Report on vaccination in the Province of Bengal - 1874-1889
Year: 1874
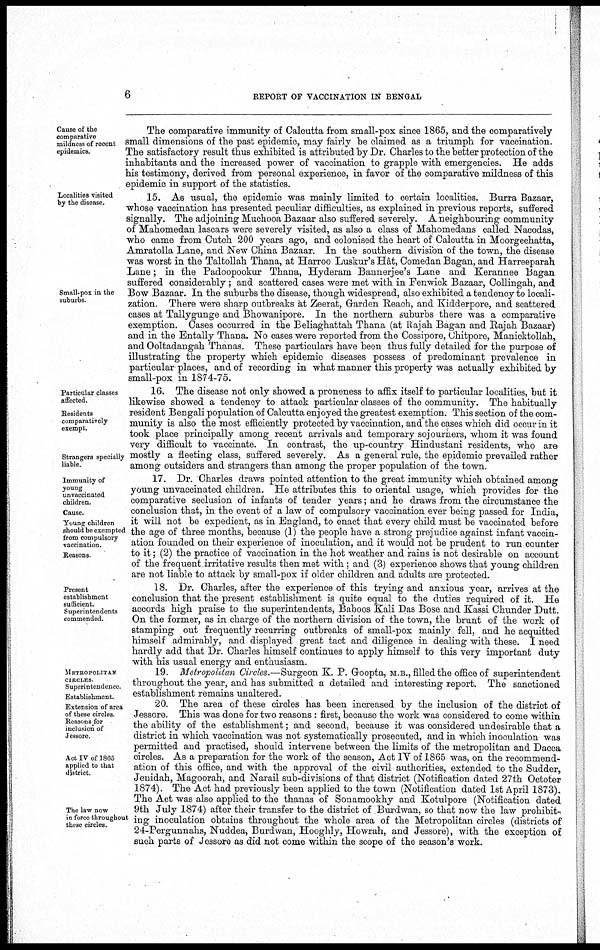
6
REPORT OF VACCINATION IN BENGAL
Cause of the
comparative
mildness of recent
epidemics.
The comparative immunity of Calcutta from small-pox since 1865, and the comparatively
small dimensions of the past epidemic, may fairly be claimed as a triumph for vaccination.
The satisfactory result thus exhibited is attributed by Dr. Charles to the better protection of the
inhabitants and the increased power of vaccination to grapple with emergencies. He adds
his testimony, derived from personal experience, in favor of the comparative mildness of this
epidemic in support of the statistics.
Localities visited
by the disease.
Small-pox in the
suburbs
15. As usual, the epidemic was mainly limited to certain localities. Burra Bazaar,
whose vaccination has presented peculiar difficulties, as explained in previous reports, suffered
signally. The adjoining Muchooa Bazaar also suffered severely. A neighbouring community
of Mahomedan lascars were severely visited, as also a class of Mahomedans called Nacodas,
who came from Cutch 200 years ago, and colonised the heart of Calcutta in Moorgeehatta,
Amratolla Lane, and New China Bazaar. In the southern division of the town, the disease
was worst in the Taltollah Thana, at Harroo Luskur's Hât, Comedan Bagan, and Harreeparah
Lane; in the Padoopookur Thana, Hyderam Bannerjee's Lane and Kerannee Bagan
suffered considerably ; and scattered cases were met with in Fenwick Bazaar, Collingah, and
Bow Bazaar. In the suburbs the disease, though widespread, also exhibited a tendency to locali-
zation. There were sharp outbreaks at Zeerat, Garden Reach, and Kidderpore, and scattered
cases at Tallygunge and Bhowanipore. In the northern suburbs there was a comparative
exemption. Cases occurred in the Beliaghattah Thana (at Rajah Bagan and Rajah Bazaar)
and in the Entally Thana. No cases were reported from the Cossrpore, Chitpore, Manicktollah,
and Ooltadangah Thanas. These particulars have been thus fully detailed for the purpose of
illustrating the property which epidemic diseases possess of predominant prevalence in
particular places, and of recording in what manner this property was actually exhibited by
small-pox in 1874-75.
Particular classes
affected.
Residents
comparatively
exempt.
Strangers specially
liable.
16. The disease not only showed a proneness to affix itself to particular localities, but it
likewise showed a tendency to attack particular classes of the community. The habitually
resident Bengali population of Calcutta enjoyed the greatest exemption. This section of the com-
munity is also the most efficiently protected by vaccination, and the cases which did occur in it
took place principally among recent arrivals and temporary sojourners, whom it was found
very difficult to vaccinate. In contrast, the up-country Hindustani residents, who are
mostly a fleeting class, suffered severely. As a general rule, the epidemic prevailed rather
among outsiders and strangers than among the proper population of the town.
Immunity of
young
unvaccinated
children.
Cause.
Young children
should be exempted
from compulsory
vaccination.
Reasons
17. Dr. Charles draws pointed attention to the great immunity which obtained among
young unvaccinated children. He attributes this to oriental usage, which provides for the
comparative seclusion of infants of tender years; and he draws from the circumstance the
conclusion that, in the event of a law of compulsory vaccination ever being passed for India,
it will not be expedient, as in England, to enact that every child must be vaccinated before
the age of three months, because (1) the people have a strong prejudice against infant vaccin-
ation founded on their experience of inoculation, and it would not be prudent to run counter
to it; (2) the practice of vaccination in the hot weather and rains is not desirable on account
of the frequent irritative results then met with; and (3) experience shows that young children
are not liable to attack by small-pox if older children and adults are protected.
Present
establishment
sufficient.
Superintendents
commended.
18. Dr. Charles, after the experience of this trying and anxious year, arrives at the
conclusion that the present establishment is quite equal to the duties required of it. He
accords high praise to the superintendents, Baboos Kali Das Bose and Kassi Chunder Dutt.
On the former, as in charge of the northern division of the town, the brunt of the work of
stamping out frequently recurring outbreaks of small-pox mainly fell, and he acquitted
himself admirably, and displayed great tact and diligence in dealing with these. I need
hardly add that Dr. Charles himself continues to apply himself to this very important duty
with his usual energy and enthusiasm.
METROPOLITAN
CIRCLES
Superintendence.
Establishment.
19 Metropolitan Circles.—Surgeon K. P. Goopta, M.B., filled the office of superintendent
throughout the year, and has submitted a detailed and interesting report. The sanctioned
establishment remains unaltered.
Extension of area
of these circles.
Reasons for
inclusion of
Jessore.
Act IV of 1865
applied to that
district.
The law now
in force throughout
these circles.
20 The area of these circles has been increased by the inclusion of the district of
Jessore. This was done for two reasons : first, because the work was considered to come within
the ability of the establishment; and second, because it was considered undesirable that a
district in which vaccination was not systematically prosecuted, and in which inoculation was
permitted and practised, should intervene between the limits of the metropolitan and Dacca
circles. As a preparation for the work of the season, Act IV of 1865 was, on the recommend-
ation of this office, and with the approval of the civil authorities, extended to the Sudder,
Jenidah, Magoorah, and Narail sub-divisions of that district (Notification dated 27th Octoter
1874). The Act had previously been applied to the town (Notification dated 1st April 1873).
The Act was also applied to the thanas of Sonamookhy and Kotulpore (Notification dated
9th July 1874) after their transfer to the district of Burdwan, so that now the law prohibit-
ing inoculation obtains throughout the whole area of the Metropolitan circles (districts of
24-Pergunnahs, Nuddea, Burdwan, Hooghly, Howrah, and Jessore), with the exception of
such parts of Jessore as did not come within the scope of the season's work.